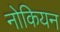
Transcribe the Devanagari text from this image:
नोकियन